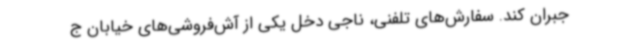
جبران کند. سفارش‌های تلفنی، ناجی دخل یکی از آش‌فروشی‌های خیابان ج